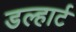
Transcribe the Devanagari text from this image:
डल्हार्ट